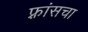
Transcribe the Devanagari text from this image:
फ़्रांसचा